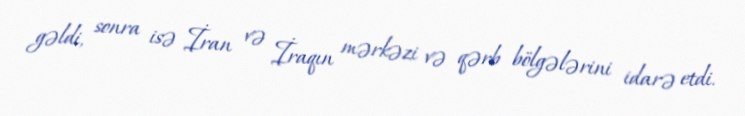
gəldi, sonra isə İran və İraqın mərkəzi və qərb bölgələrini idarə etdi.